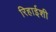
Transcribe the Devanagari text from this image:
रिहाईशी